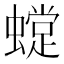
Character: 𧑽